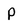
Character: P